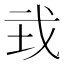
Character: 㦱